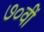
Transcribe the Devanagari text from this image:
७०वीं